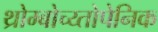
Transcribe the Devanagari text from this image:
थ्रोम्बोच्य्तोपेनिक